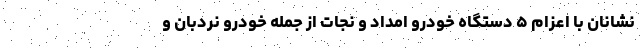
نشانان با اعزام ۵ دستگاه خودرو امداد و نجات از جمله خودرو نردبان و